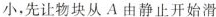
小，先让物块从A由静止开始滑